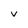
Character: V